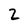
Character: 2